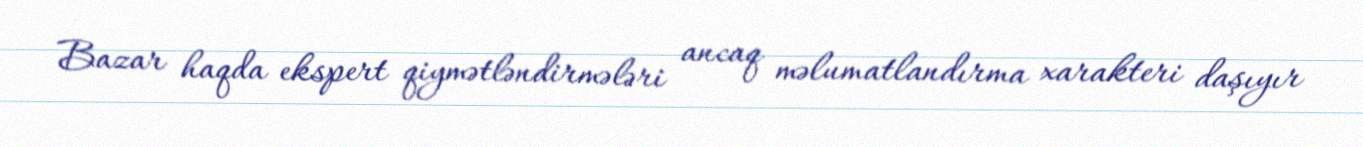
Bazar haqda ekspert qiymətləndirmələri ancaq məlumatlandırma xarakteri daşıyır